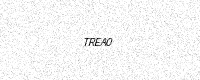
Text: TREA0